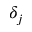
\delta _ { j }